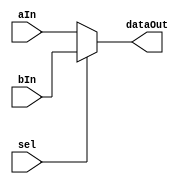
// 2 to 1 mux

module mux2to1 (aIn, bIn, sel, dataOut);

input 	aIn, bIn, sel;
output 	dataOut;

// sel =	1: dataOut = bIn; 
// sel =	0: dataOut = aIn;
assign dataOut = sel ? bIn : aIn; 

endmodule